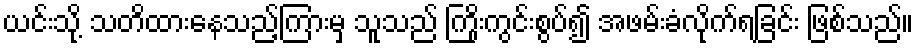
ယင်းသို့ သတိထားနေသည့်ကြားမှ သူသည် ကြိုးကွင်းစွပ်၍ အဖမ်းခံလိုက်ရခြင်း ဖြစ်သည်။